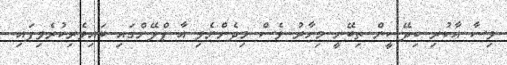
ވިސާ އާކުރި ބިދޭސީން ތިބޭނީ މިހާރު ވެސް މިދެންނެވި އާ ޕްލޭންގައި ބައިވެރިކުރެވިފައި.